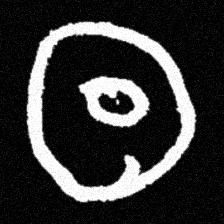
Pyu character \u2014 Myanmar letter: ထ (romanized: tha)